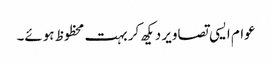
عوام ایسی تصاویر دیکھ کر بہت محظوظ ہوئے۔